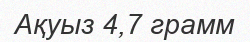
Ақуыз 4,7 грамм